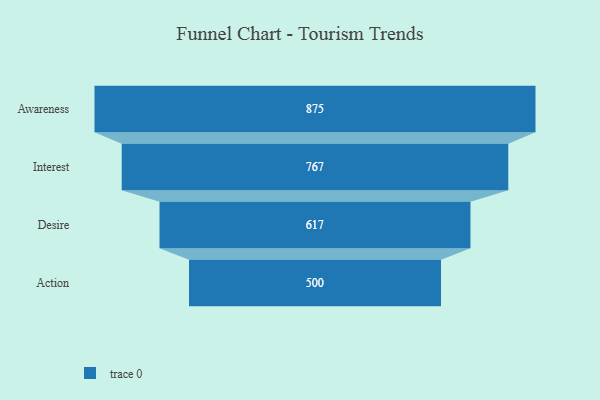
{"axis": {"x": "Stage", "y": "Value"}, "legend": [""], "data": [{"x": "Awareness", "y": 875.0, "type": ""}, {"x": "Interest", "y": 767.0, "type": ""}, {"x": "Desire", "y": 617.0, "type": ""}, {"x": "Action", "y": 500, "type": ""}]}